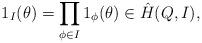
LaTeX: \begin{align*} 1_I(\theta)=\prod_{\phi\in I} 1_{\phi}(\theta)\in \Hat{H}(Q,I),\end{align*}